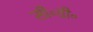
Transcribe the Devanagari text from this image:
सी॰वी॰